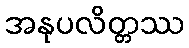
အနုပလိတ္တဿ